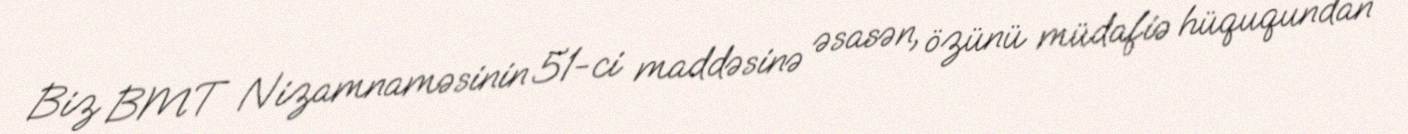
Biz BMT Nizamnaməsinin 51-ci maddəsinə əsasən, özünü müdafiə hüququndan